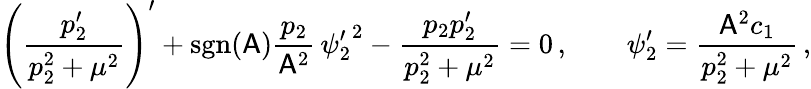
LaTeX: \left(\frac{p_{2}^{\prime}}{p_{2}^{2}+\mu^{2}}\right)^{\prime}+\mathrm{sgn}(\mathsf{A})\frac{p_{2}}{\mathsf{A}^{2}}\, {\psi_{2}^{\prime}}^{2}-\frac{p_{2}p_{2}^{\prime}}{p_{2}^{2}+\mu^{2}}=0\, ,\qquad\psi_{2}^{\prime}=\frac{\mathsf{A}^{2}c_{1}}{p_{2}^{2}+\mu^{2}}\, ,